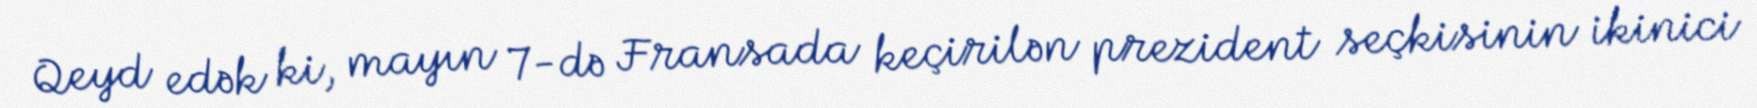
Qeyd edək ki, mayın 7-də Fransada keçirilən prezident seçkisinin ikinici